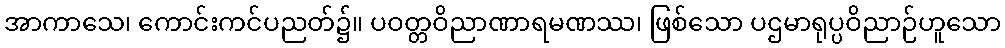
အာကာသေ၊ ကောင်းကင်ပညတ်၌။ ပဝတ္တဝိညာဏာရမဏဿ၊ ဖြစ်သော ပဌမာရုပ္ပဝိညာဉ်ဟူသော